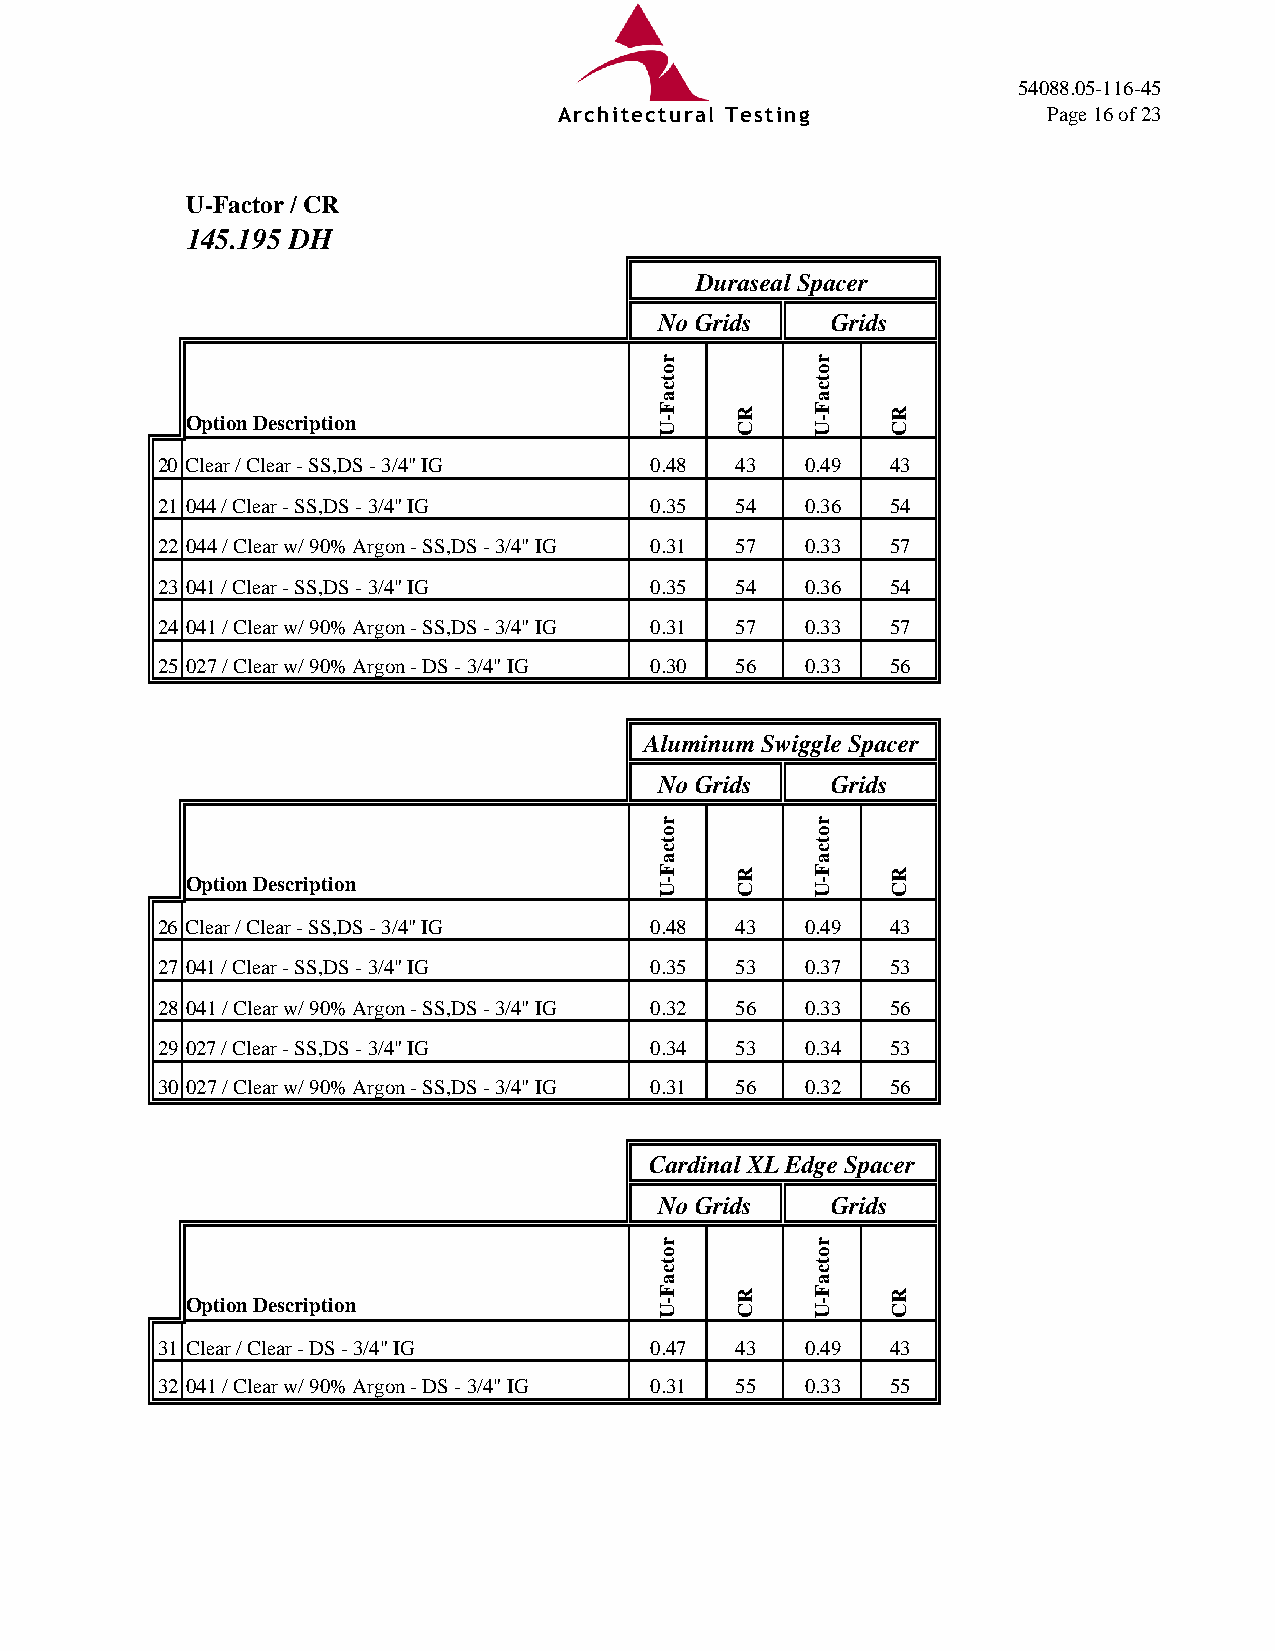
54088.05-116-45
 Architectural Testing           Page 16 of 23
 U-Factor / CR
 145.195 DH
 D uraseal Spacer
 No Grids   Grids
 Option Description
 20 Clear / Clear - SS,DS - 3/4" IG 0.48 43 0.49  43
 21 044 / Clear - SS,DS - 3/4" IG 0.35  54  0.36  54
 22 044 / Clear w/ 90% Argon - SS,DS - 3/4" IG 0.31 57 0.33 57
 23 041 / Clear - SS,DS - 3/4" IG 0.35  54  0.36  54
 24 041 / Clear w/ 90% Argon - SS,DS - 3/4" IG 0.31 57 0.33 57
 25 027 / Clear w/ 90% Argon - DS - 3/4" IG 0.30 56 0.33 56
 Aluminum Swiggle Spacer
 No Grids   Grids
 Option Description
 26 Clear / Clear - SS,DS - 3/4" IG 0.48 43 0.49  43
 27 041 / Clear - SS,DS - 3/4" IG 0.35  53  0.37  53
 28 041 / Clear w/ 90% Argon - SS,DS - 3/4" IG 0.32 56 0.33 56
 29 027 / Clear - SS,DS - 3/4" IG 0.34  53  0.34  53
 30 027 / Clear w/ 90% Argon - SS,DS - 3/4" IG 0.31 56 0.32 56
 Cardinal XL Edge Spacer
 No Grids   Grids
 Option Description
 31 Clear / Clear - DS - 3/4" IG  0.47  43  0.49  43
 32 041 / Clear w/ 90% Argon - DS - 3/4" IG 0.31 55 0.33 55
 rotcaF-U
 rotcaF-U
 rotcaF-U
 RC
 RC
 RC
 rotcaF-U
 rotcaF-U
 rotcaF-U
 RC
 RC
 RC